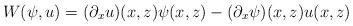
LaTeX: \begin{align*}W(\psi,u) = (\partial_x u)(x,z) \psi(x,z) - (\partial_x\psi)(x,z) u(x,z)\end{align*}